Scottish Leaving Certificate Examination, 1957
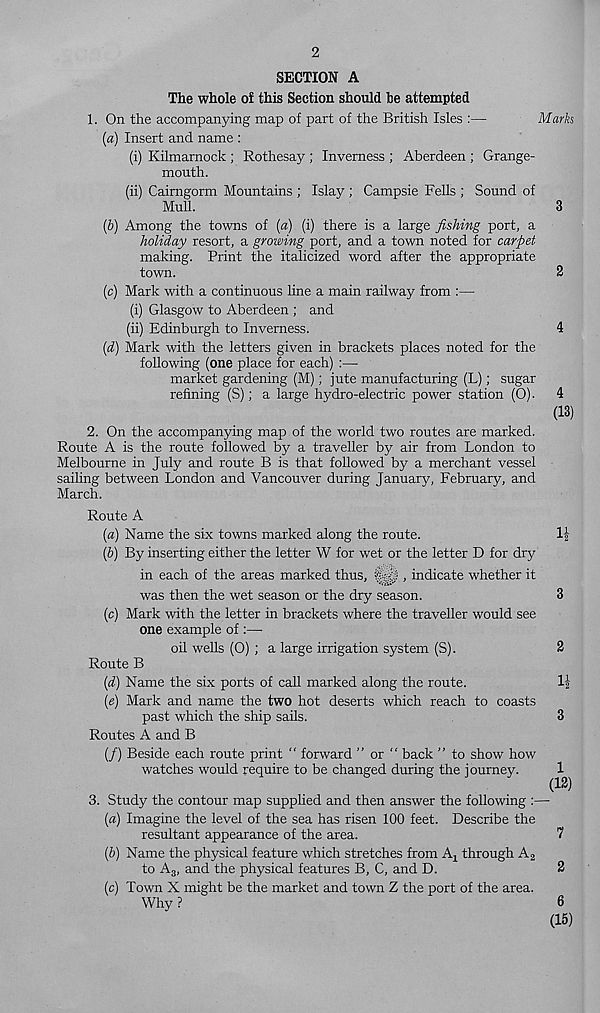
2
SECTION A
The whole of this Section should be attempted
1. On the accompanying map of part of the British Isles :—
Mark
(a) Insert and name :
(i) Kilmarnock ; Rothesay ; Inverness ; Aberdeen ; Grange-
mouth.
(ii) Cairngorm Mountains ; Islay ; Campsie Fells ; Sound of
Mull.
3
(b) Among the towns of (a) (i) there is a large fishing port, a
holiday resort, a growing port, and a town noted for carpet
making. Print the italicized word after the appropriate
town.
2
(c) Mark with a continuous line a main railway from :—
(i) Glasgow to Aberdeen ; and
(ii) Edinburgh to Inverness.
4
(d) Mark with the letters given in brackets places noted for the
following (one place for each) :—
market gardening (M); jute manufacturing (L); sugar
refining (S); a large hydro-electric power station (0). 4
(13)
2. On the accompanying map of the world two routes are marked.
Route A is the route followed by a traveller by air from London to
Melbourne in July and route B is that followed by a merchant vessel
sailing between London and Vancouver during January, February, and
March.
Route A
(a) Name the six towns marked along the route.
1|
(b) By inserting either the letter W for wet or the letter D for dry
in each of the areas marked thus,
, indicate whether it
was then the wet season or the dry season.
3
(c) Mark with the letter in brackets where the traveller would see
one example of :—•
oil wells (0) ; a large irrigation system (S).
2
Route B
(d) Name the six ports of call marked along the route.
li
(e) Mark and name the two hot deserts which reach to coasts
past which the ship sails.
3
Routes A and B
(/) Beside each route print “ forward ” or “ back ” to show how
watches would require to be changed during the journey.
3.
Study the contour map supplied and then an
(a) Imagine the level of the sea has risen 100 feet. Describe the
resultant appearance of the area.
7
(b) Name the physical feature which stretches from A x through A 2
to A3, and the physical features B, C, and D.
2
(c) Town X might be the market and town Z the port of the area.
Why ?
6
(15)